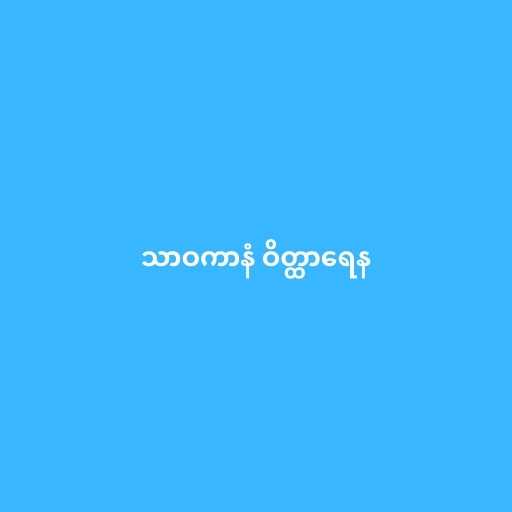
သာဝကာနံ ဝိတ္ထာရေန